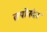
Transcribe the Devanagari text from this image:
तपोनंदन